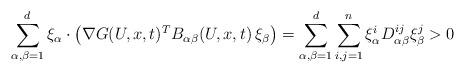
LaTeX: \begin{align*}\sum_{\alpha,\beta=1}^d\xi_\alpha \cdot \left(\nabla G(U,x,t)^T B_{\alpha \beta} (U,x,t) \, \xi_\beta\right) =\sum_{\alpha,\beta=1}^d\sum_{i,j=1}^n\xi_\alpha^i D_{\alpha\beta}^{ij} \xi_\beta^j > 0 \end{align*}